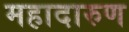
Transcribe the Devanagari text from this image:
महादारुण